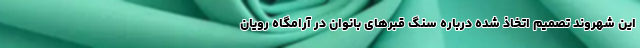
این شهروند تصمیم اتخاذ شده درباره سنگ قبرهای بانوان در آرامگاه رویان